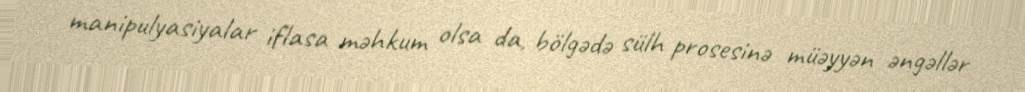
manipulyasiyalar iflasa məhkum olsa da, bölgədə sülh prosesinə müəyyən əngəllər